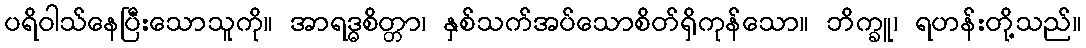
ပရိဝါသ်နေပြီးသောသူကို။ အာရဒ္ဓစိတ္တာ၊ နှစ်သက်အပ်သောစိတ်ရှိကုန်သော။ ဘိက္ခူ၊ ရဟန်းတို့သည်။